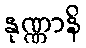
နုဏ္ဏာနိ